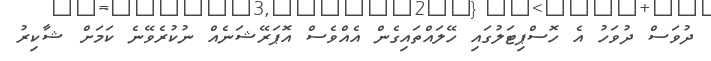
ދުވަސް ދުވަހު އެ ހޮސްޕިޓަލުގައި ހޭލައްތައިގެން އެއްވެސް އޮޕަރޭޝަނެއް ނުކުރެވޭނެ ކަމަށް ޝާކިރު